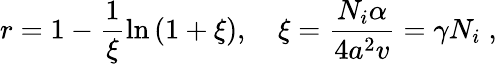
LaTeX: r=1-\frac{1}{\xi}\ln\left(1+\xi\right),\quad\xi=\frac{N_{i}\alpha}{4a^{2}v}=\gamma N_{i}\; ,